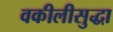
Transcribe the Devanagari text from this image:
वकीलीसुद्धा